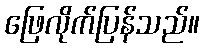
ဖြေလိုက်ပြန်သည်။